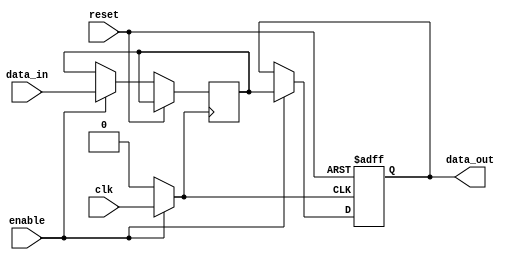
module memory_block_enable_clock_gating (
    input wire clk,          // Original clock signal
    input wire enable,       // Enable signal for clock gating
    input wire reset,        // Reset signal (active high)
    input wire [7:0] data_in,// Input data for memory
    output reg [7:0] data_out// Output data from memory
);

// Internal storage for the memory block
reg [7:0] memory [0:15]; // 16x8 memory block

// Gated clock signal
reg gated_clk;

// Clock gating logic
always @* begin
    if (enable) begin
        gated_clk = clk; // Pass the original clock if enabled
    end else begin
        gated_clk = 1'b0; // Gated clock is low when not enabled
    end
end

// Memory operation
always @(posedge gated_clk or posedge reset) begin
    if (reset) begin
        // Reset memory logic, if needed
        data_out <= 8'b0; // Reset output data
    end else if (enable) begin
        // Simulate read and write operations
        // For this example, let's assume a simple write operation
        // Writing data to memory at address 0 (for simplicity)
        memory[0] <= data_in; // Write data to memory
        data_out <= memory[0]; // Read data from memory
    end
end

endmodule